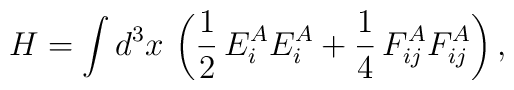
H=\int d^3x\,\left(\frac{1}{2}\,E_i^AE_i^A+\frac{1}{4}\,F_{ij}^AF_{ij}^A\right),